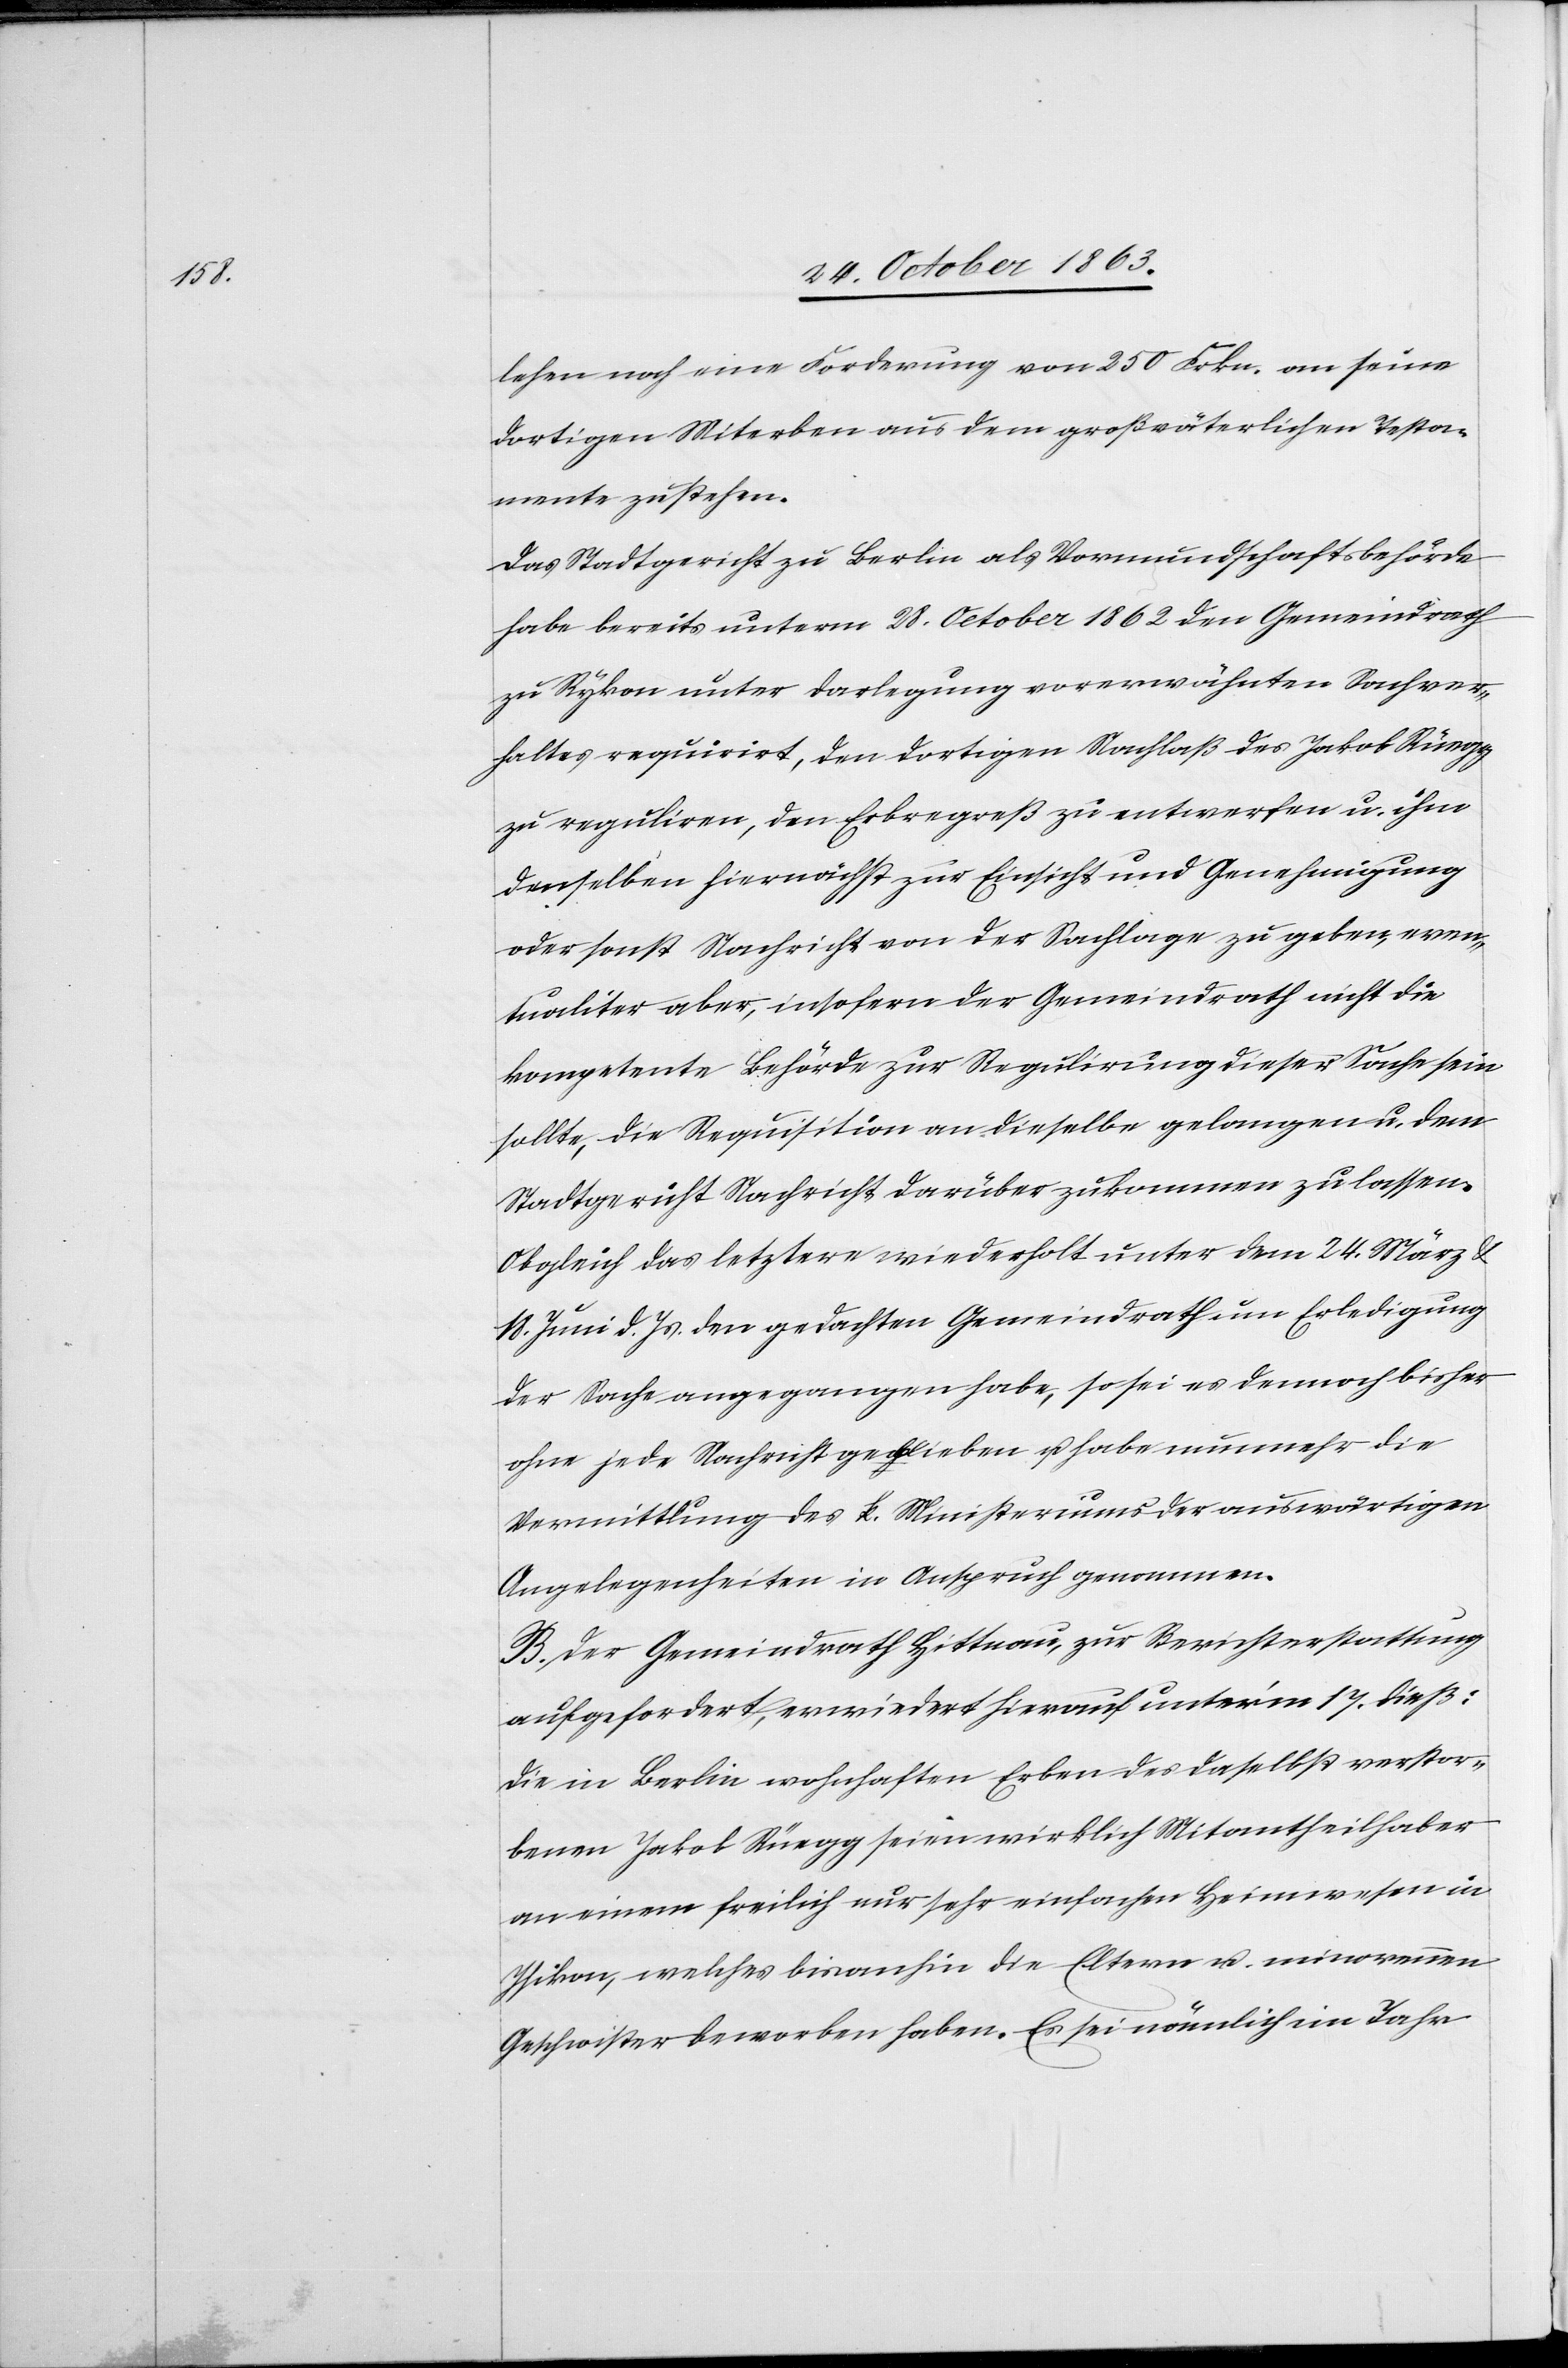
lehen noch eine Forderung von 250 Frkn. an seine
dortigen Miterben aus dem großväterlichen Testa¬
mente zustehen.
Das Stadtgericht zu Berlin als Vormundschaftsbehörde
habe bereits unterm 28. October 1862 den Gemeindrath
zu Rykon unter Darlegung vorerwähnten Sachver¬
haltes requirirt, den dortigen Nachlaß des Jakob Rüegg
zu reguliren, den Erbregreß zu entwerfen u. ihm
denselben hiernächst zur Einsicht und Genehmigung
oder sonst Nachricht von der Sachlage zu geben, even¬
tualiter aber, insofern der Gemeindrath nicht die
kompetente Behörde zur Regulirung dieser Sache sein
sollte, die Requisition an dieselbe gelangen u. dem
Stadtgericht Nachricht darüber zukommen zu lassen.
Obgleich das letztere wiederholt unter dem 24. März &
18. Juni d. Js. den gedachten Gemeindrath um Erledigung
der Sache angegangen habe, so sei es dennoch bisher
ohne jede Nachricht geblieben u. habe nunmehr die
Vermittlung des k. Ministeriums der auswärtigen
Angelegenheiten in Anspruch genommen.
B. Der Gemeindrath Hittnau, zur Berichterstattung
aufgefordert, erwiedert hierauf unter'm 17. dieß:
Die in Berlin wohnhaften Erben des daselbst verstor¬
benen Jakob Rüegg seien wirklich Mitantheilhaber
an einem freilich nur sehr einfachen Heimwesen in
Isikon, welches bisanhin die Eltern u. minorennen
Geschwister beworben haben. Es sei nämlich im Jahr